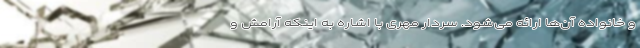
و خانواده آن‌ها ارائه می‌شود. سردار مهری با اشاره به اینکه آرامش و